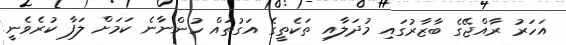
އަހަރު ރާއްޖޭގެ ބާޒާރުގައި މުދަލާއި ތަކެތީގެ އަގުތައް ހުންނާނެ ކަމަށް ލަފާ ކުރެވެނީ